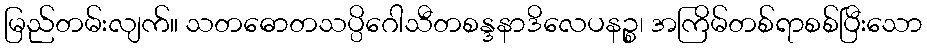
မြည်တမ်းလျက်။ သတဓောတသပ္ပိဂေါသီတစန္ဒနာဒိလေပနဉ္စ၊ အကြိမ်တစ်ရာစစ်ပြီးသော